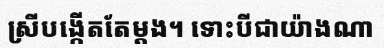
ស្រីបង្កើតតែម្តង។ ទោះបីជាយ៉ាងណា